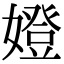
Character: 嬁